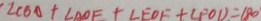
\angle C B A + \angle A O F + \angle E O F + \angle F O D = 1 8 0